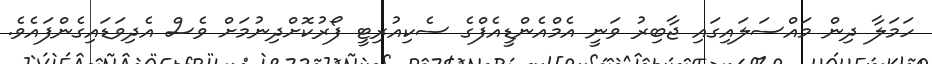
ހަމަލާ ދިން މައްސަލައިގައި ޖާބިރު ވަނީ އެމްއެންޑީއެފްގެ ސެކިއުރިޓީ ފޯރުކޮށްދިނުމަށް ވެސް އެދިވަޑައިގެންފައެވެ.